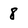
Character: 8